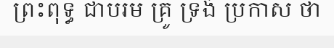
ព្រះពុទ្ធ ជាបរម គ្រូ ទ្រង់ ប្រកាស ថា